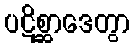
ပဋိစ္ဆာဒေတွာ